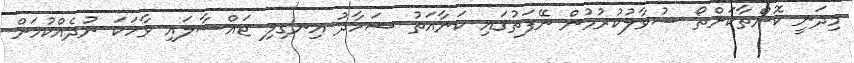
މިދަނީ ކޮންތާކަށްތޯ ސުވާލުކުރުމުން ނޭފަތުގައި ކަނާއަތު ޝަހާދު އިނގިލި ޖައްސާލައި ވާހަކަ ނުދެއްކުމަށް